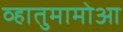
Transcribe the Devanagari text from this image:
व्हातुमामोआ